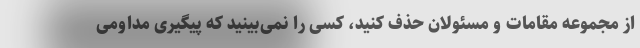
از مجموعه مقامات و مسئولان حذف کنید، کسی را نمی‌بینید که پیگیری مداومی